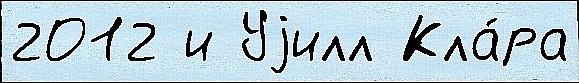
2012 и Уjилл Кла́ра